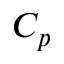
C _ { p }